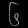
Digit: ၆